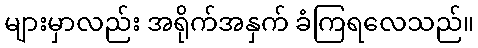
များမှာလည်း အရိုက်အနှက် ခံကြရလေသည်။